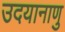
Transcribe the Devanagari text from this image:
उदयानाणु